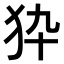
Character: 𤝊